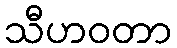
သီဟဝတာ